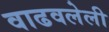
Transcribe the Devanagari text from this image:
वाढवलेली